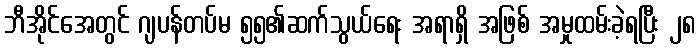
ဘီအိုင်အေတွင် ဂျပန်တပ်မ ၅၅၏ဆက်သွယ်ရေး အရာရှိ အဖြစ် အမှုထမ်းခဲ့ရပြီး ၂၈